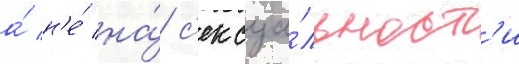
а́ н'е́ на́ с'ексуа́льност'и